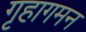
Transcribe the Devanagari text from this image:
गृहागमन